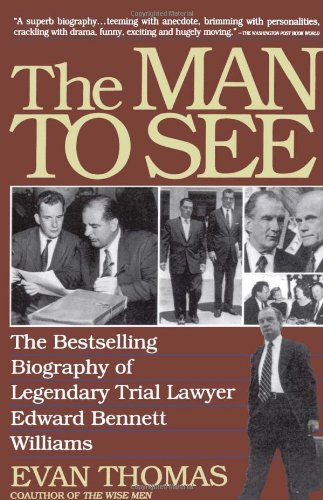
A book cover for The Man to See; Evan Thomas; Law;